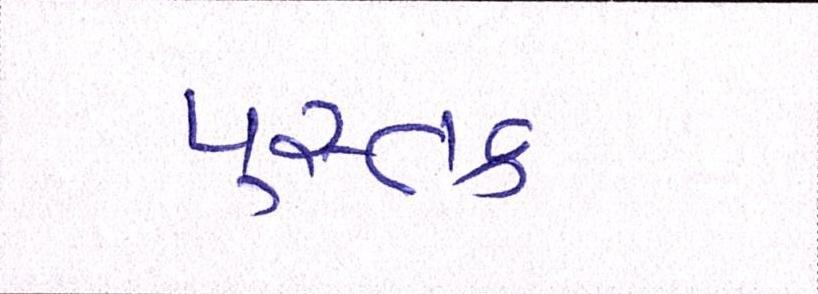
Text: પુસ્તક